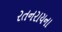
રતનરાયના